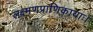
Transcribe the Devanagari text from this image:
लक्ष्मणप्राणिकायाः।